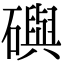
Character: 礖